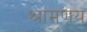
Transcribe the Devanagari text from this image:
श्रामणय